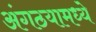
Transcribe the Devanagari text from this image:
अंगठयामध्ये